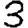
Digit: 3